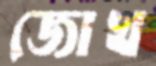
জোখ